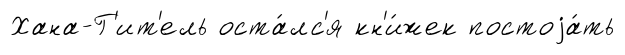
Хана-Г'ит'ель оста́лс'я кн'и́жек постоjа́ть